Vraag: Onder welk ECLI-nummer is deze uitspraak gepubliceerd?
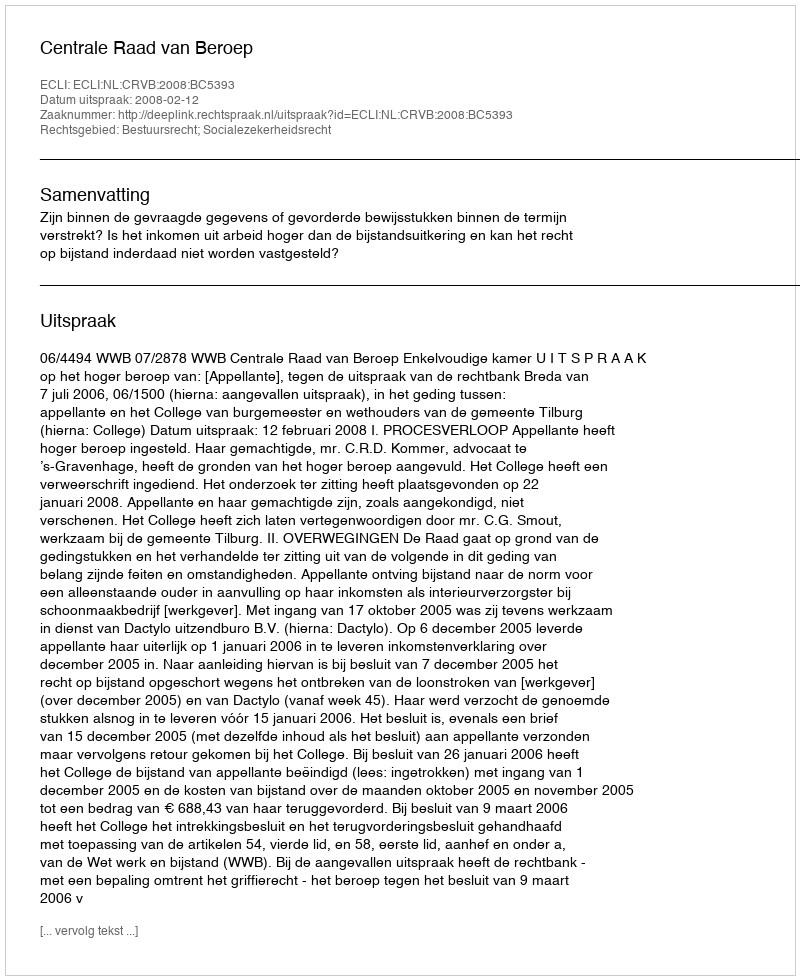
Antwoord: ECLI:NL:CRVB:2008:BC5393